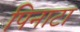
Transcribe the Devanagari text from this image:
पिनाटा